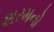
શરમનો